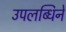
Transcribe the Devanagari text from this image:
उपलब्धिने